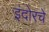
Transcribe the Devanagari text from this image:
इंदोरचे